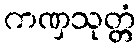
ကဏှသုတ္တံ